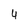
Character: 4